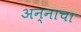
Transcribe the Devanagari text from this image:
अन्‍नाचा